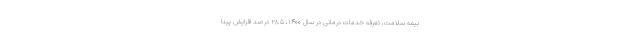
بیمه سلامت، تعرفه خدمات درمانی در سال ۱۴۰۰، ۲۸.۵ درصد افزایش پیدا